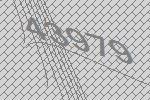
43979